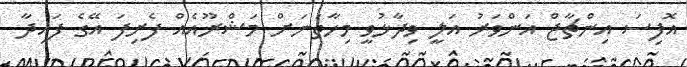
އޮފިސަ އިންޗާޖް އަންވަރު އަލީ ވިދާޅުވީ މިހާތަނަށް މަޝްރޫއެއް ފެށިފަ އޭގެ ފައިދާ